Report on the lunatic asylums under the Government of Bombay - 1904-1913
Year: 1904
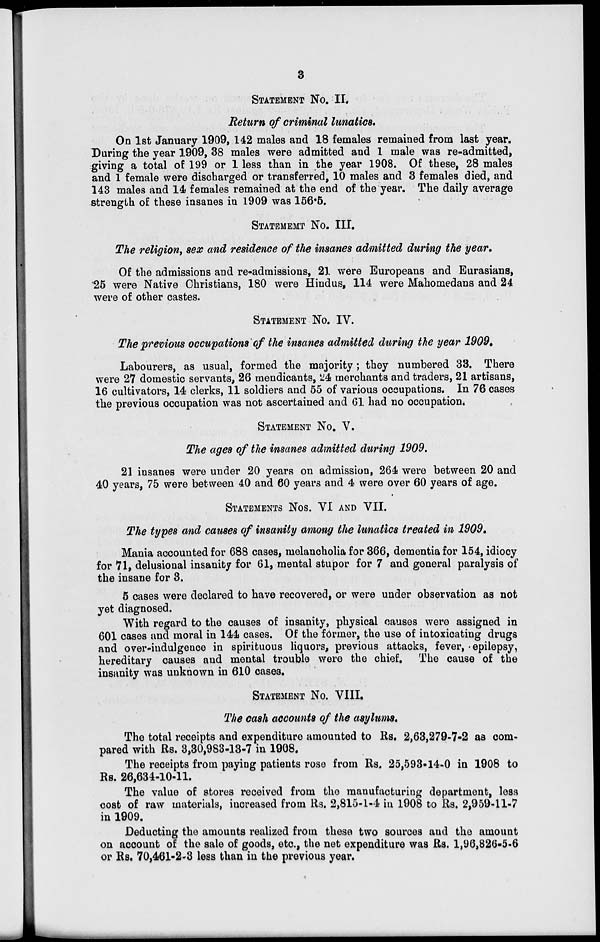
3
STATEMENT NO. II.
Return of criminal lunatics.
On 1st January 1909, 142 males and 18 females remained from last year.
During the year 1909, 38 males were admitted and 1 male was re-admitted,
giving a total of 199 or 1 less than in the year 1908. Of these, 28 males
and 1 female were discharged or transferred, 10 males and 3 females died, and
143 males and 14 females remained at the end of the year. The daily average
strength of these insanes in 1909 was 156.5.
STATEMENT No. III.
The religion, sex and residence of the insanes admitted during the year.
Of the admissions and re-admissions, 21 were Europeans and Eurasians,
25 were Native Christians, 180 were Hindus, 114 were Mahomedans and 24
were of other castes.
STATEMENT No. IV.
The previous occupations of the insanes admitted during the year 1909.
Labourers, as usual, formed the majority ; they numbered 33. There
were 27 domestic servants, 26 mendicants, 24 merchants and traders, 21 artisans,
16 cultivators, 14 clerks, 11 soldiers and 55 of various occupations. In 76 cases
the previous occupation was not ascertained and 61 had no occupation.
STATEMENT No. V.
The ages of the insanes admitted during 1909.
21 insanes were under 20 years on admission, 264 were between 20 and
40 years, 75 were between 40 and 60 years and 4 were over 60 years of age.
STATEMENT Nos. VI AND VII.
The types and causes of insanity among the lunatics treated in 1909.
Mania accounted for 688 cases, melancholia for 366, dementia for 154, idiocy
for 71, delusional insanity for 61, mental stupor for 7 and general paralysis of
the insane for 3.
5 cases were declared to have recovered, or were under observation as not
yet diagnosed.
With regard to the causes of insanity, physical causes were assigned in
601 cases and moral in 144 cases. Of the former, the use of intoxicating drugs
and over-indulgence in spirituous liquors, previous attacks, fever, epilepsy,
hereditary causes and mental trouble were the chief. The cause of the
insanity was unknown in 610 cases.
STATEMENT No. VIII.
The cash accounts of the asylums.
The total receipts and expenditure amounted to Rs. 2,63,279-7-2 as com-
pared with Rs. 3,30,983-13-7 in 1908.
The receipts from paying patients rose from Rs. 25,593-14-0 in 1908 to
Rs. 26,634-10-11.
The value of stores received from the manufacturing department, less
cost of raw materials, increased from Rs. 2,815-1-4 in 1908 to Rs. 2,959-11-7
in 1909.
Deducting the amounts realized from these two sources and the amount
on account of the sale of goods, etc., the net expenditure was Rs. 1,96,826-5-6
or Rs. 70,461-2-3 less than in the previous year.